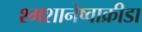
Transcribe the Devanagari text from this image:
श्मशानेष्वाक्रीडा